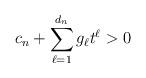
LaTeX: \begin{align*} c_n+ \sum_{\ell=1}^{d_n} g_\ell t^\ell>0\end{align*}